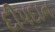
દીપદાન